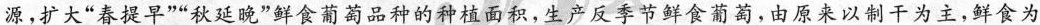
源，扩大”春提早””秋延晚”鲜食葡萄品种的种植面积，生产反季节鲜食葡萄，由原来以制干为主，鲜食为